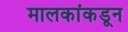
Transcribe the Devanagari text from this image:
मालकांकडून